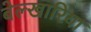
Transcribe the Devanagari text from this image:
बेल्खारिया